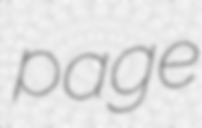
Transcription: page